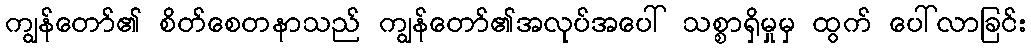
ကျွန်တော်၏ စိတ်စေတနာသည် ကျွန်တော်၏အလုပ်အပေါ် သစ္စာရှိမှုမှ ထွက် ပေါ်လာခြင်း